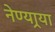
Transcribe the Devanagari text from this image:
नेण्यार्‍या